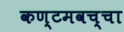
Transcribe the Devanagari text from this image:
कण्टमवच्चा